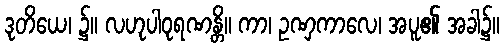
ဒုတိယေ၊ ၌။ လဟုပါဝုရဏန္တိ။ ကာ၊ ဥဏှကာလေ၊ အပူ၏ အခါ၌။